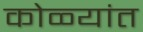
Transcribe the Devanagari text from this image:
कोळ्यांत